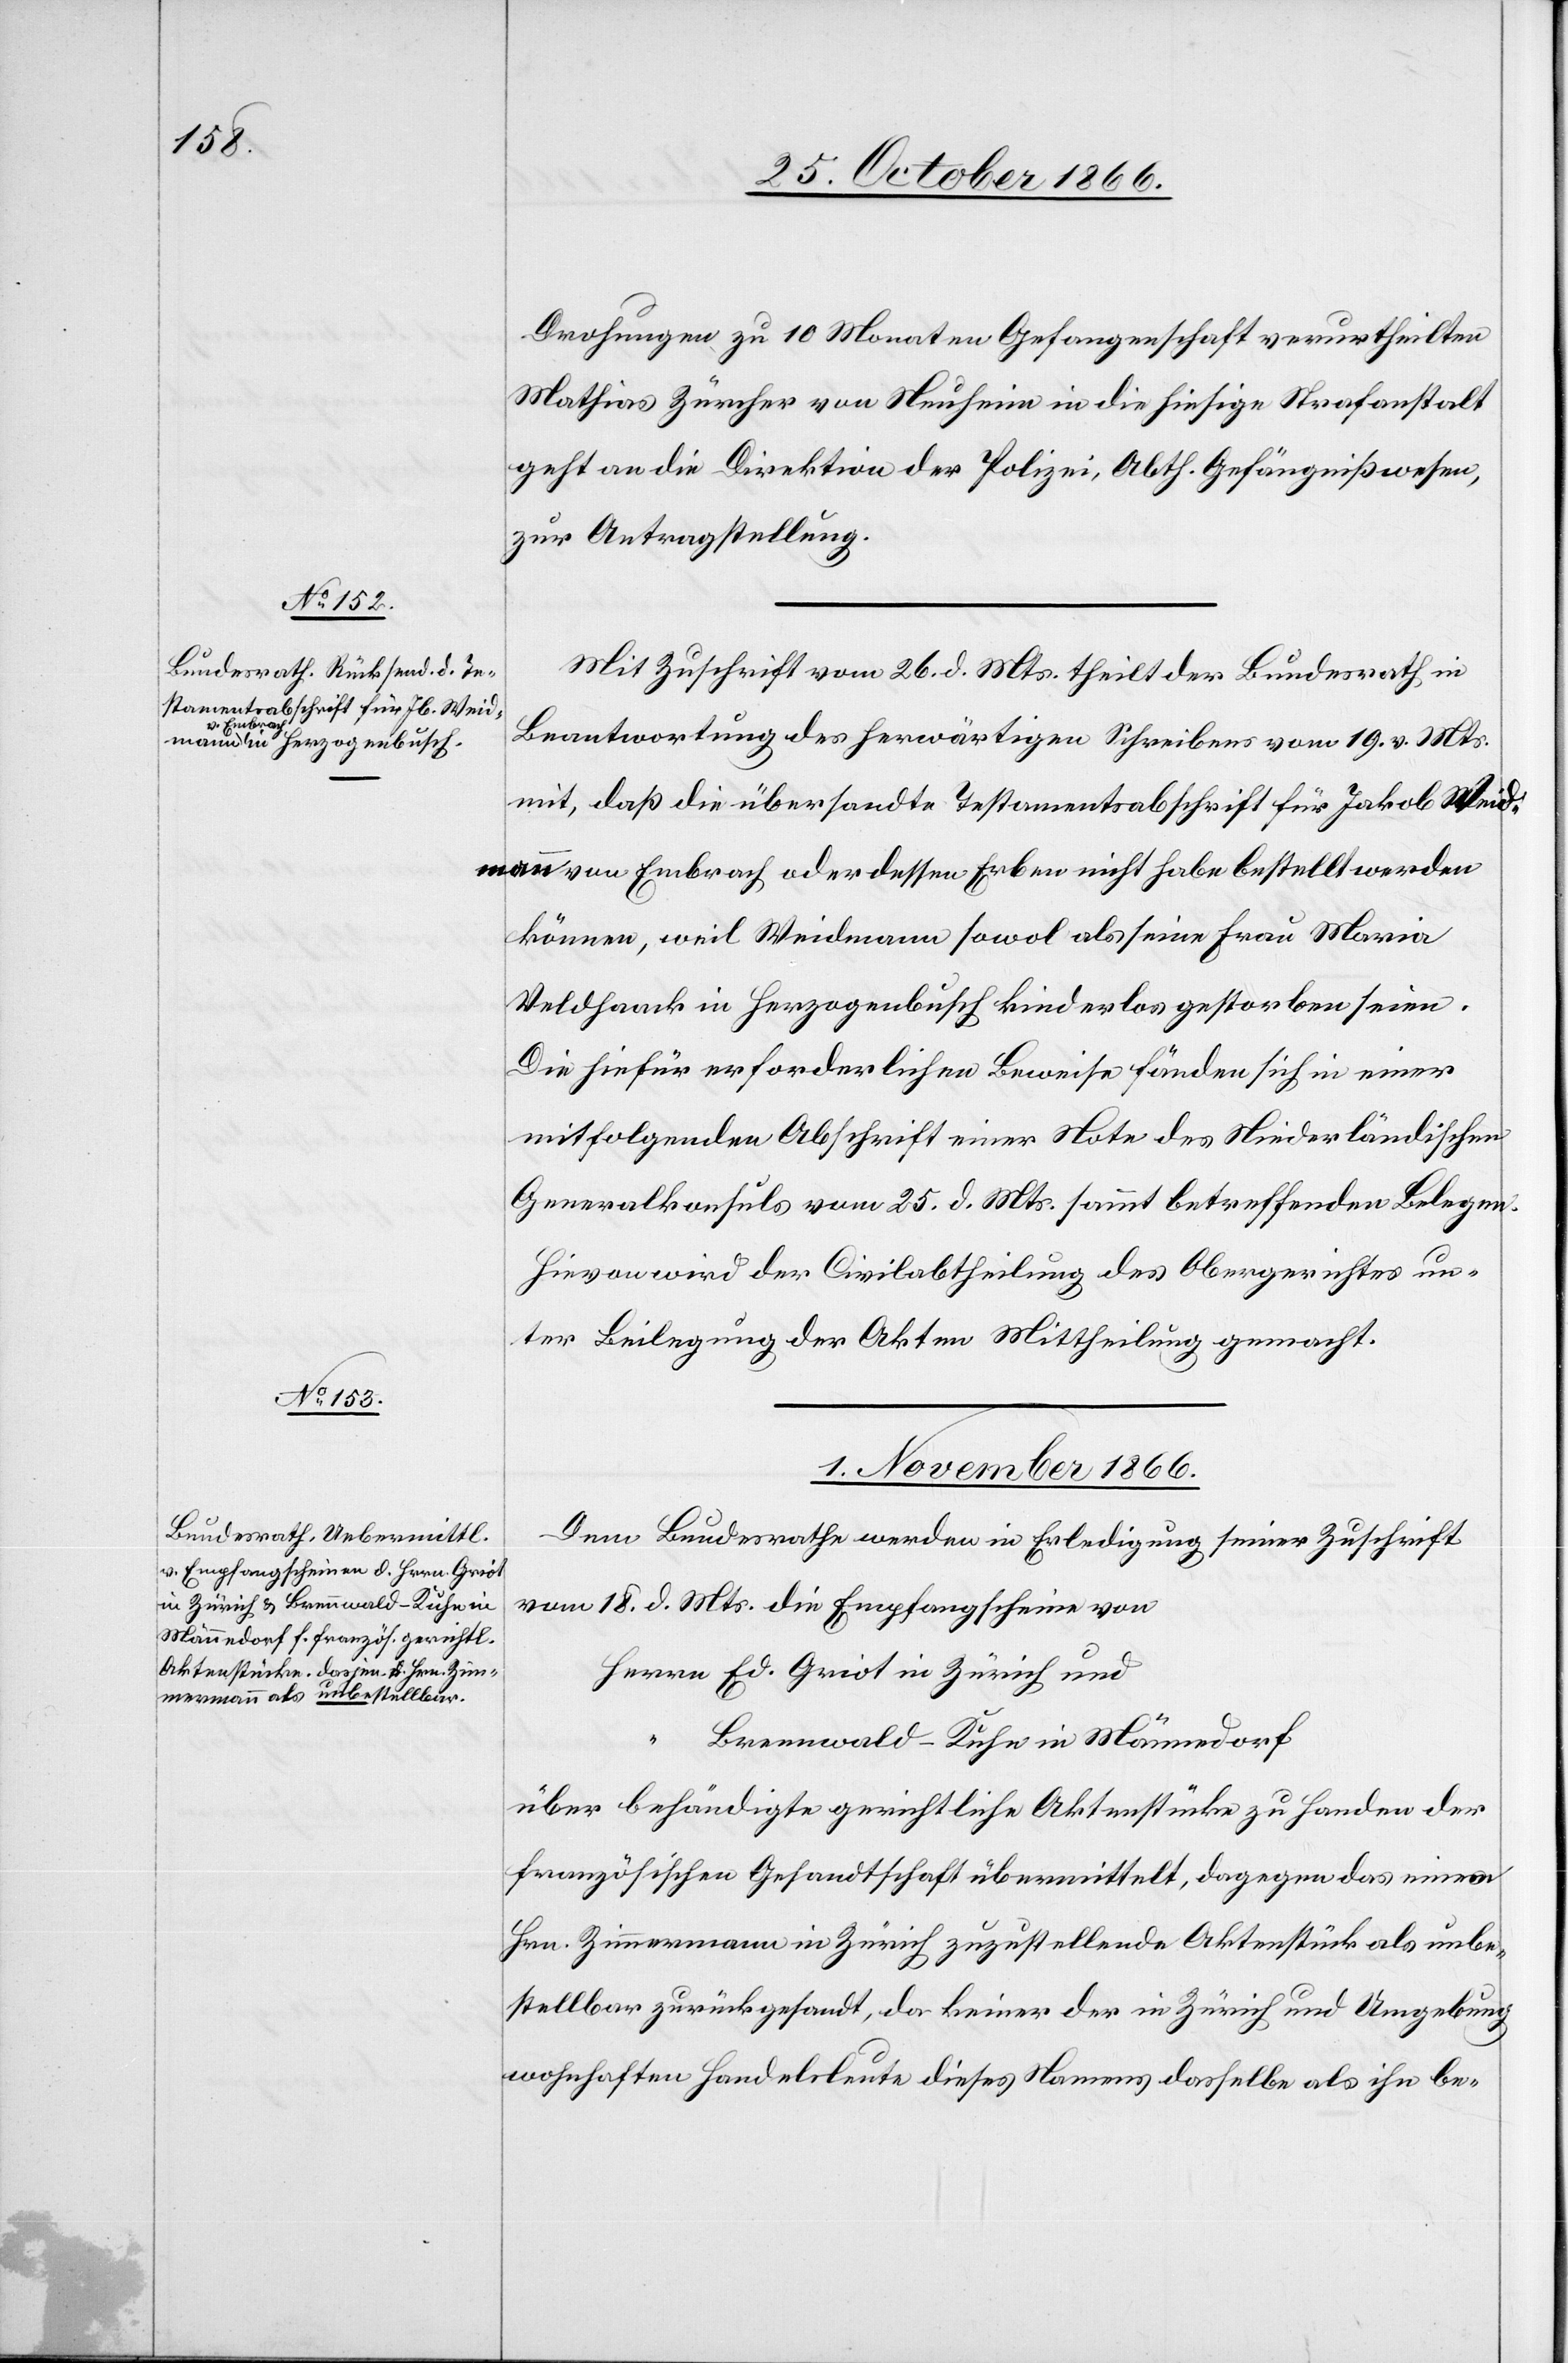
31. October 1866.]
Drohungen zu 10 Monaten Gefangenschaft verurtheilten
Mathias Zürcher von Neuheim in die hiesige Strafanstalt
geht an die Direktion der Polizei, Abth. Gefängnißwesen,
zur Antragstellung.
Mit Zuschrift vom 26. d. Mts. theilt der Bundesrath in
Beantwortung des herwärtigen Schreibens vom 19. v. Mts
mit, daß die übersandte Testamentsabschrift für Jakob Weid¬
mann von Embrach oder dessen Erben nicht habe bestellt werden
können, weil Weidmann sowol als seine Frau Maria
Veldhaack in Herzogenbusch kinderlos gestorben seien.
Die hiefür erforderlichen Beweise fänden sich in einer
mitfolgenden Abschrift einer Note des Niederländischen
Generalkonsuls vom 25. d. Mts. sammt betreffenden Belegen.
Hievon wird der Civilabtheilung des Obergerichtes un¬
ter Beilegung der Akten Mittheilung gemacht.
1. November 1866.
Dem Bundesrathe werden in Erledigung seiner Zuschrift
vom 18. d. Mts. die Empfangscheine von
Herrn Ed. Griot in Zürich und
Brennwald-Kuhn in Männedorf
über behändigte gerichtliche Aktenstücke zu Handen der
französischen Gesandtschaft übermittelt, dagegen das einem
Hrn. Zimmermann in Zürich zuzustellende Aktenstück als unbe¬
stellbar zurückgesandt, da keiner der in Zürich und Umgebung
wohnhaften Handelsleute dieses Namens dasselbe als ihn be-